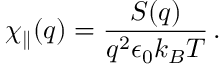
\chi _ { \parallel } ( q ) = \frac { S ( q ) } { q ^ { 2 } \epsilon _ { 0 } k _ { B } T } \, .